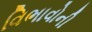
વિભાવોની